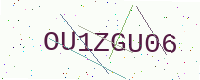
Text: OU1ZGU06